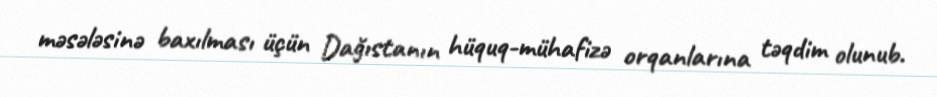
məsələsinə baxılması üçün Dağıstanın hüquq-mühafizə orqanlarına təqdim olunub.